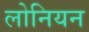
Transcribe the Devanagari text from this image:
लोनियन